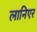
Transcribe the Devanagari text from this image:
लानिएर